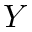
Y